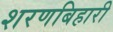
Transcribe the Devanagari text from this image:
शरणबिहारी